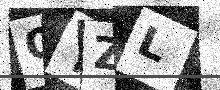
Text: QYZL